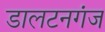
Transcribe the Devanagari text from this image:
डालटनगंज